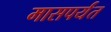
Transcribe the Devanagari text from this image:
मासपर्यंत